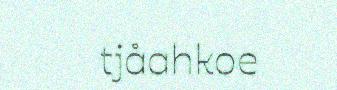
tjåahkoe